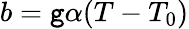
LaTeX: b=\mathtt{g}\alpha(T-T_{0})